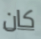
كان